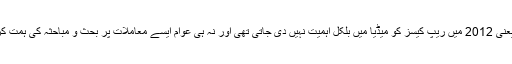
5 سال قبل، یعنی 2012 میں ریپ کیسز کو میڈیا میں بلکل اہمیت نہیں دی جاتی تھی اور نہ ہی عوام ایسے معاملات پر بحث و مباحثہ کی ہمت کر پاتے تھے۔